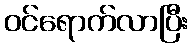
ဝင်ရောက်လာပြီး